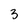
Character: 3